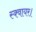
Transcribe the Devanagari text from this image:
स्क्वायर।